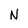
Character: N